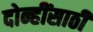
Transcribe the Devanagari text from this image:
दोन्हींसाठी